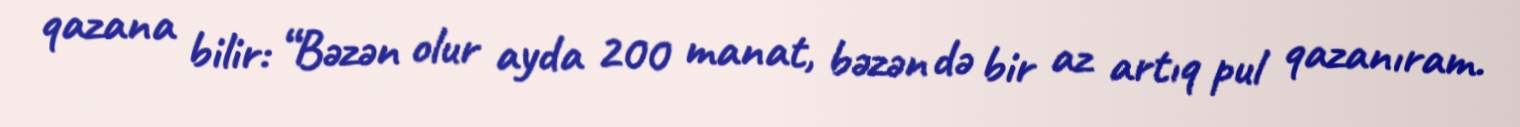
qazana bilir: “Bəzən olur ayda 200 manat, bəzən də bir az artıq pul qazanıram.